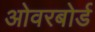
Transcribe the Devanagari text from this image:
ओवरबोर्ड